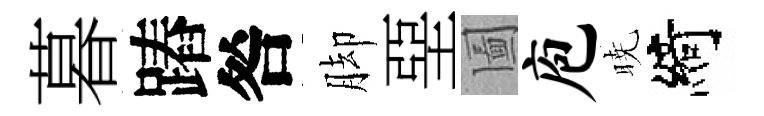
暮蹖咎脚堊圗庖暁綺